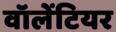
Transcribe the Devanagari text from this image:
वॉलेंटियर